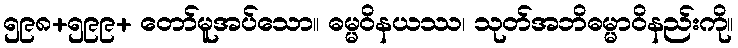
၅၉၈+၅၉၉+ တော်မူအပ်သော။ ဓမ္မဝိနယဿ၊ သုတ်အဘိဓမ္မာဝိနည်းကို။